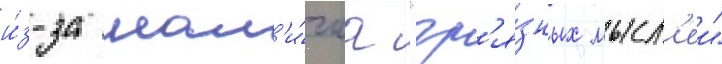
и́з-за нал'и́чиа "гр'я́зных мысл'еи"